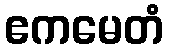
ဧကမေတံ